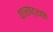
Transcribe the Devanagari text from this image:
था।राष्ट्रपति